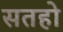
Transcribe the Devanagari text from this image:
सतहो